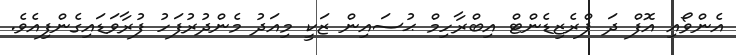
އެންވޯއި އޮފް ދަ ޕްރެޒިޑެންޓް އިބްރާހިމް ޙުސައިން ޒަކީ މިއަދު މެންދުރުފަހު ފުރާވަޑައިގެންފިއެވެ.